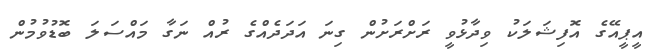
އީޕީއޭގެ އޮފިޝަލަކު ވިދާޅުވީ ރަށްރަށުން ގިނަ އަދަދެއްގެ ރުއް ނަގާ މައްސަލަ ބޮޑުވުމުން